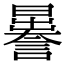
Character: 𧬉